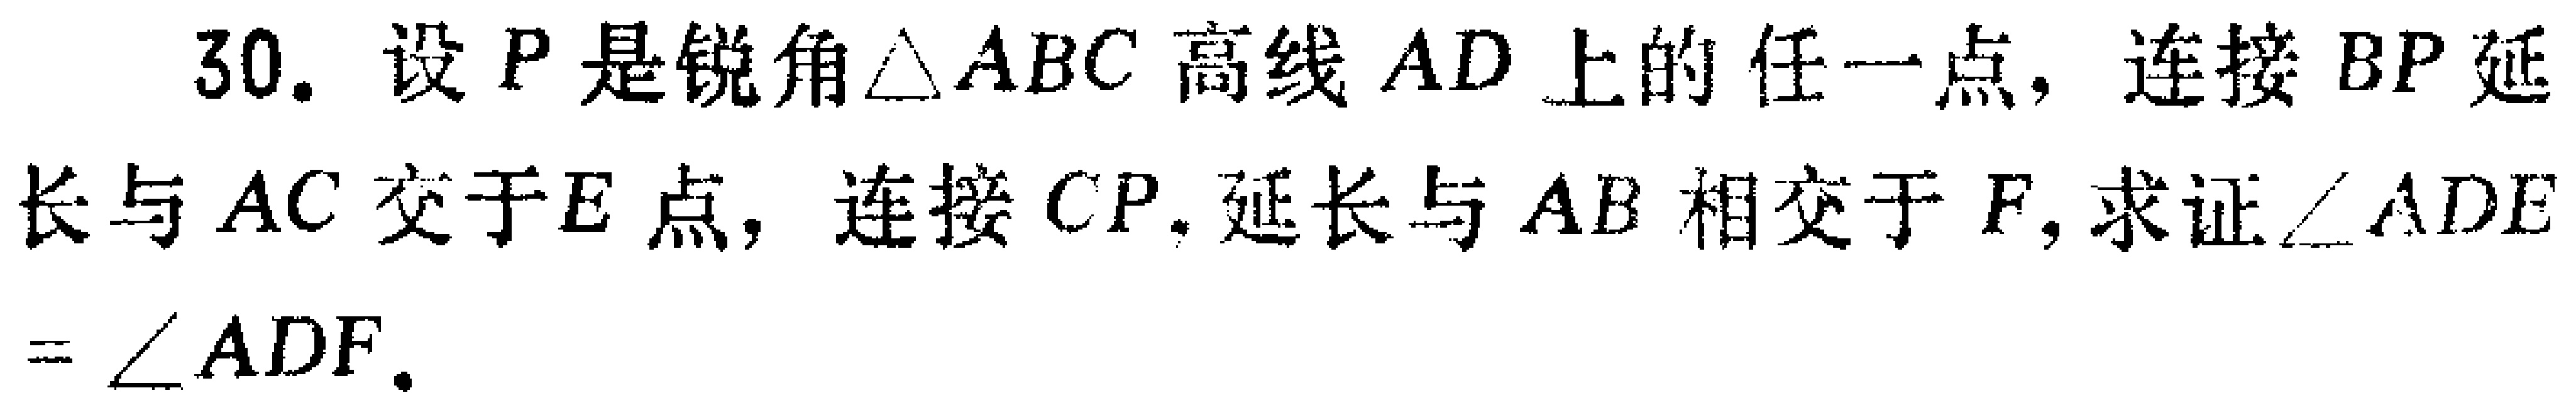
30. 设\(P\)是锐角\(\triangle ABC\)高线\(AD\)上的任一点，连接\(BP\)延长与\(AC\)交于\(E\)点，连接\(CP\)，延长与\(AB\)相交于\(F\)，求证\(\angle ADE=\angle ADF\)。